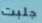
جلبت